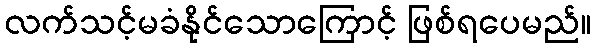
လက်သင့်မခံနိုင်သောကြောင့် ဖြစ်ရပေမည်။